Indian journal of veterinary science and animal husbandry - Volumes 22-23, 1952-1953
Year: 1952
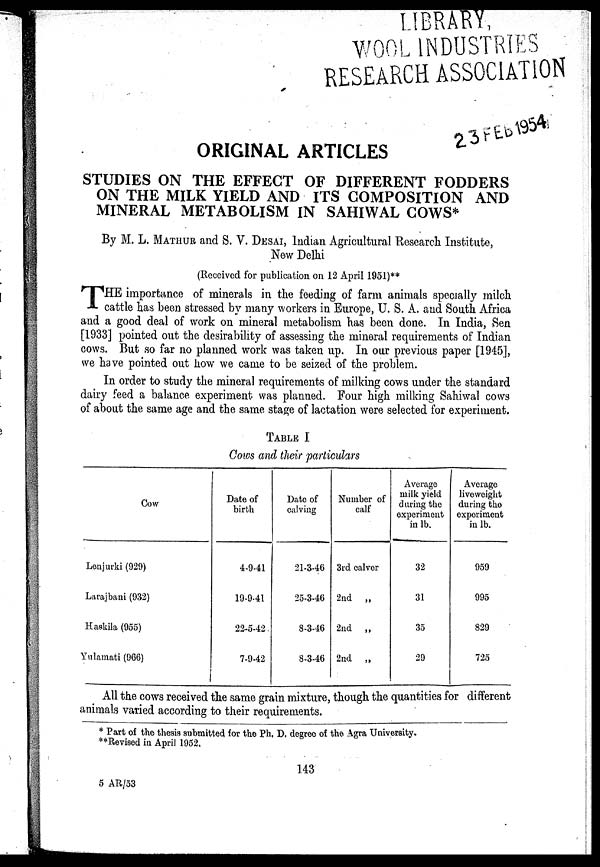
ORIGINAL ARTICLES
STUDIES ON THE EFFECT OF DIFFERENT FODDERS
ON THE MILK YIELD AND ITS COMPOSITION AND
MINERAL METABOLISM IN SAHIWAL COWS*
By M. L. MATHUR and S. V. DESAI, Indian Agricultural Research Institute,
New Delhi
(Received for publication on 12 April 1951)**
T HE importance of minerals in the feeding of farm animals specially milch
cattle has been stressed by many workers in Europe, U. S. A. and South Africa
and a good deal of work on mineral metabolism has been done. In India, Sen
[1933] pointed out the desirability of assessing the mineral requirements of Indian
cows. But so far no planned work was taken up. In our previous paper [1945],
we have pointed out how we came to be seized of the problem.
In order to study the mineral requirements of milking cows under the standard
dairy feed a balance experiment was planned. Four high milking Sahiwal cows
of about the same age and the same stage of lactation were selected for experiment.
TABLE I
Cows and their particulars
Cow
Lenjurki (929)
Larajbani (932)
Haskila (955)
Yulamati (966)
Date of
birth
4-9-41
19-9-41
22-5-42.
7-9-42
Date of
calving
21-3-46
25-3-46
8-3-46
8-3-46
Number of
calf
3rd calver
2nd „
2nd „
2nd „
Average
milk yield
during the
experiment
in lb.
32
31
35
29
Average
liveweight
during the
experiment
in lb.
959
995
829
725
All the cows received the same grain mixture, though the quantities for different
animals varied according to their requirements.
* Part of the thesis submitted for the Ph. D. degree of the Agra University.
**Revised in April 1952.
143
5 AR/53